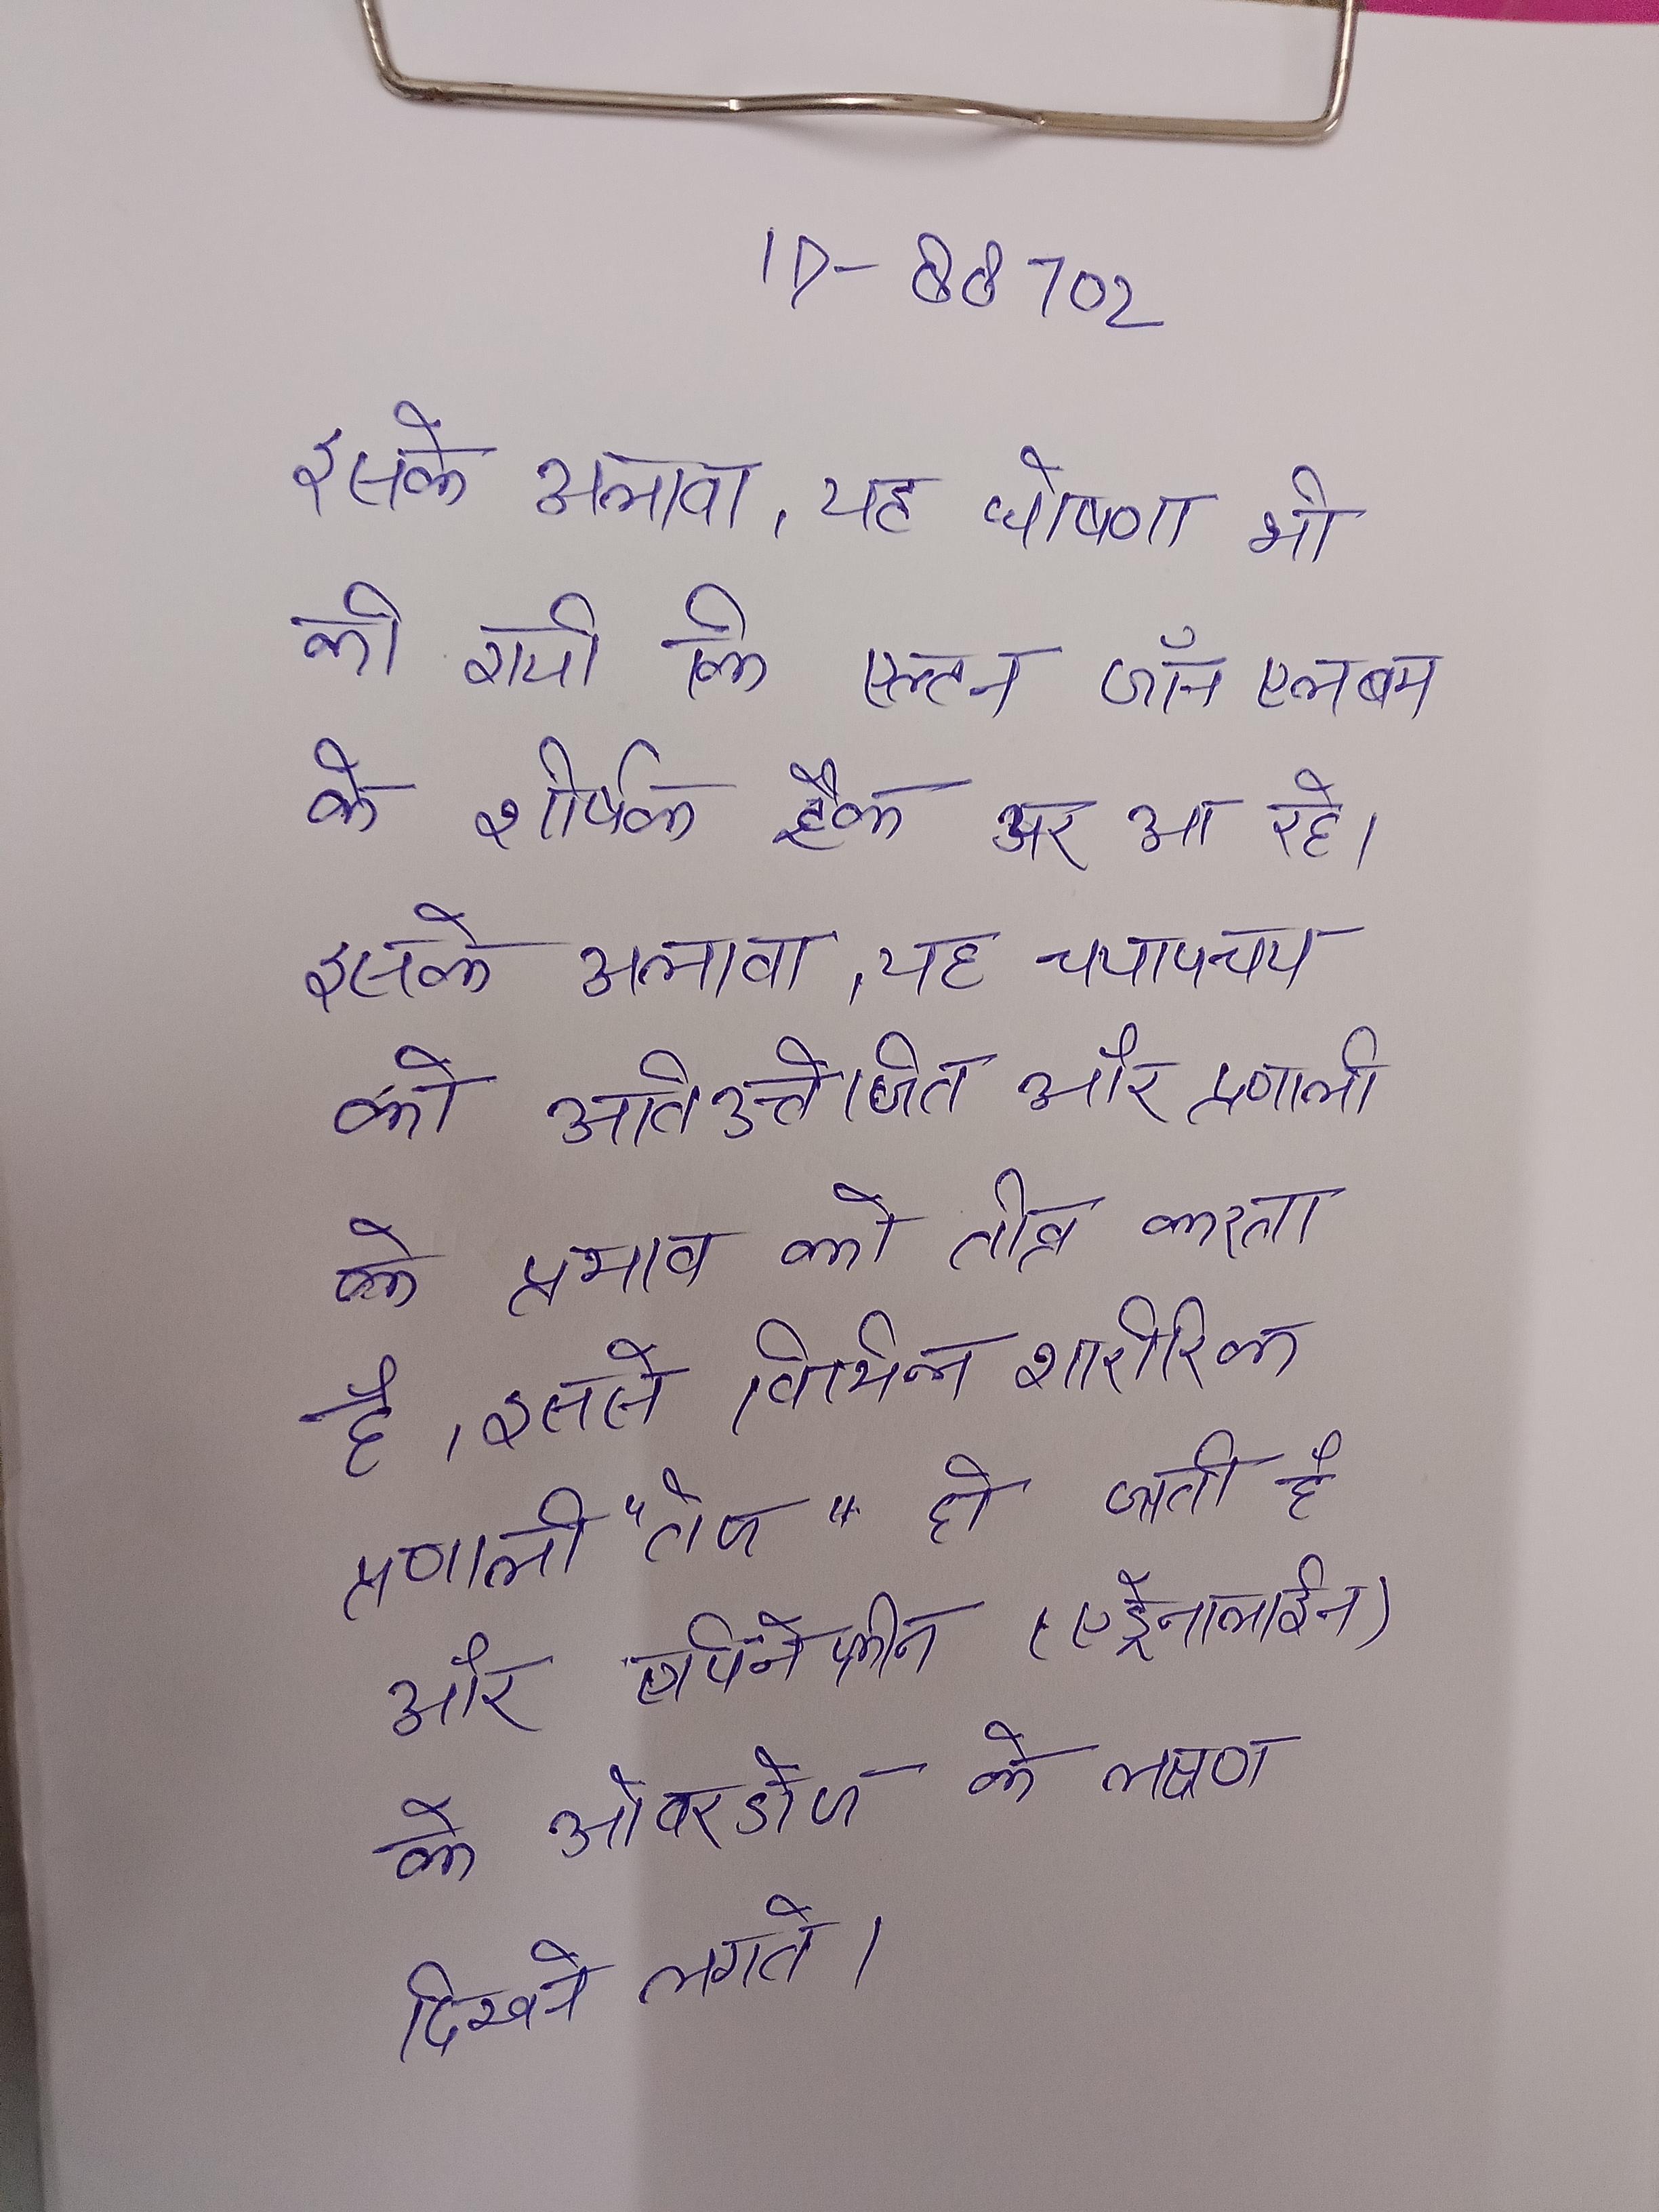
इसके अलावा, यह घोषणा भी की गयी कि एल्टन जॉन एलबम के शीर्षक ट्रैक पर आ रहे । इसके अलावा, यह चयापचय को अतिउत्तेजित और प्रणाली के प्रभाव को तीव्र करता है, इससे विभिन्न शारीरिक प्रणाली "तेज" हो जाती है और एपिनेफ्रीन (एड्रेनालाईन) के ओवरडोज के लक्षण दिखने लगते ।